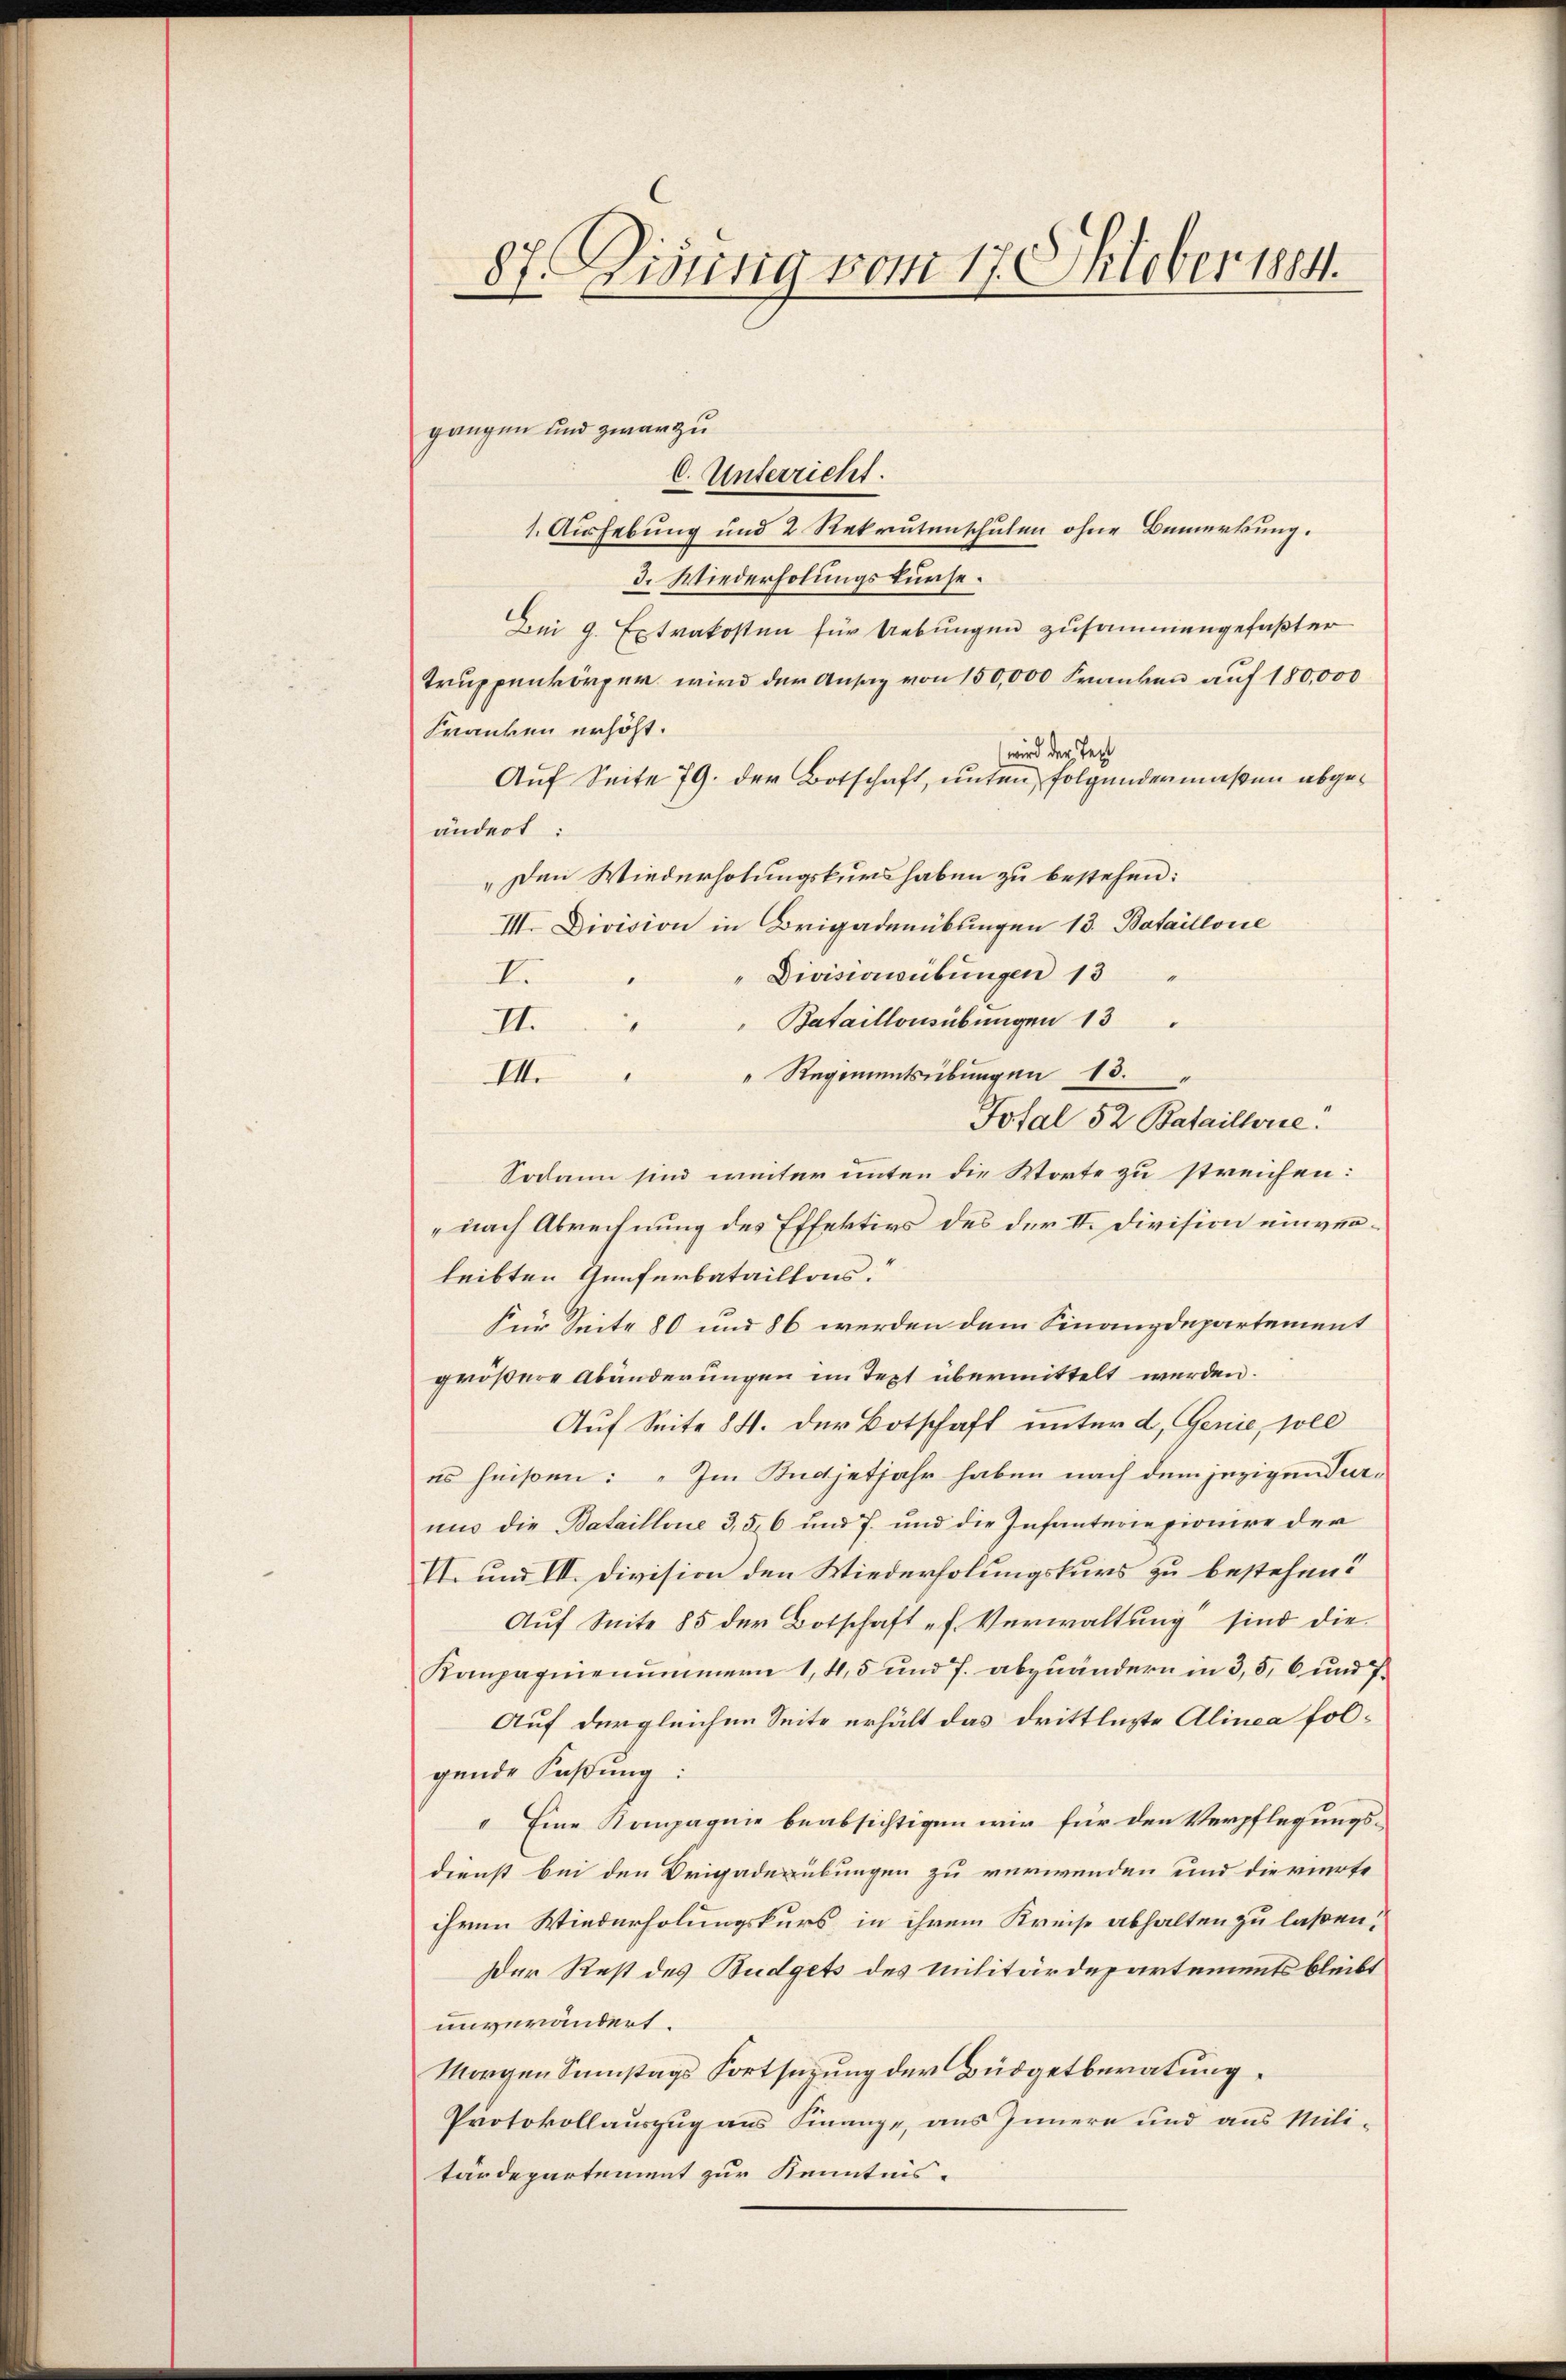
87. Disung vom 17. Oktober 1884.

gangen und zwar zu
C. Unterricht.
1. Aushebung und 2 Rekrutenschulen ohne Bemerkung.
3. Wiederholungskurse.
Zei 9 Extrakosten für Uebungen zusammengefaßter
Truppenkörper wird der Ansag von 150,000 Franken auf 180,000
Franken erhöht.
wird der Test
Auf Seite 79. der Botschaft, unten folgendermaßen abgeändert:
„Den Wiederholungskurs haben zu bestehen:
III. Division in Brigaderübungen 13. Bataillonie
Divisionwübungen 13
Er
" Bataillonsübungen 13 "
II.
" Regimentsübungen 13.
III.
Total 52 Bataillerie
Sodann sind weiter unten die Worte zu streichen:
nach Abrechnung des Effektivs des der II. Division einverleibten Genferbataillons.
Für Seite 80 und 86 werden dem Finanzdepartement
größere Abänderungen im Text übermittelt werden.
Auf Seite 84. der Botschaft unter d. Genie, soll
es heißen: „Im Kndjetjahr haben nach dem jezigen Tur¬
und die Bataillone 3, 5, 6 und 7. und die Infanteriepionire der
II. und III. Division den Wiederholungskurs zu bestehen?
Auf Seite 85 der Botschaft f. Verwaltung sind die
Kompagnienummern 1,45 und 7. abzuändern in 3, 5, 6 und 7.
Auf dergleichen Seite erhält das drittlichte Alinea folgende Faßung:
" Eine Kompagnie beabsichtigen wir für den Verpflegungs-
dienst bei den Brigaderübungen zu verwenden und die vierte
ihren Wiederholungskurs, in ihrem Kreise abhalten zu laßen,
Der Rest des Budgets des Militärdepartements bleibt
unverändert.
Morgen Samstags Fortsetzung der Büdgetberatung
Protokollauszug aus Finanze, aus Innern und aus Mili-
tärdepartement zur Kenntnis-